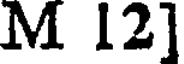
M 12]